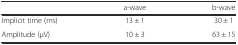
<table><thead><tr><td>[EMPTY_CELL]</td><td><b>a-wave</b></td><td><b>b-wave</b></td></tr></thead><tbody><tr><td>Implicit time (ms)</td><td>13 ± 1</td><td>30 ± 1</td></tr><tr><td>Amplitude (μV)</td><td>10 ± 3</td><td>63 ± 15</td></tr></tbody></table>